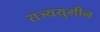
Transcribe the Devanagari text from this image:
राज्ययुगीन